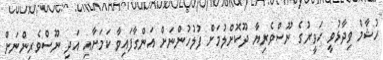
ހުޝާމް ވިދާޅުވީ ހަވީރުގެ ނޫސްވެރިޔާ ދޫކޮށްލުމަށް ފުލުހުންނަށް އަންގާފައިވާ ކަމަށާއި އަދި ނޫސްވެރިންނަށް